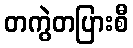
တကွဲတပြားစီ